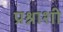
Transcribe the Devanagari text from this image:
प्रश्नाशी